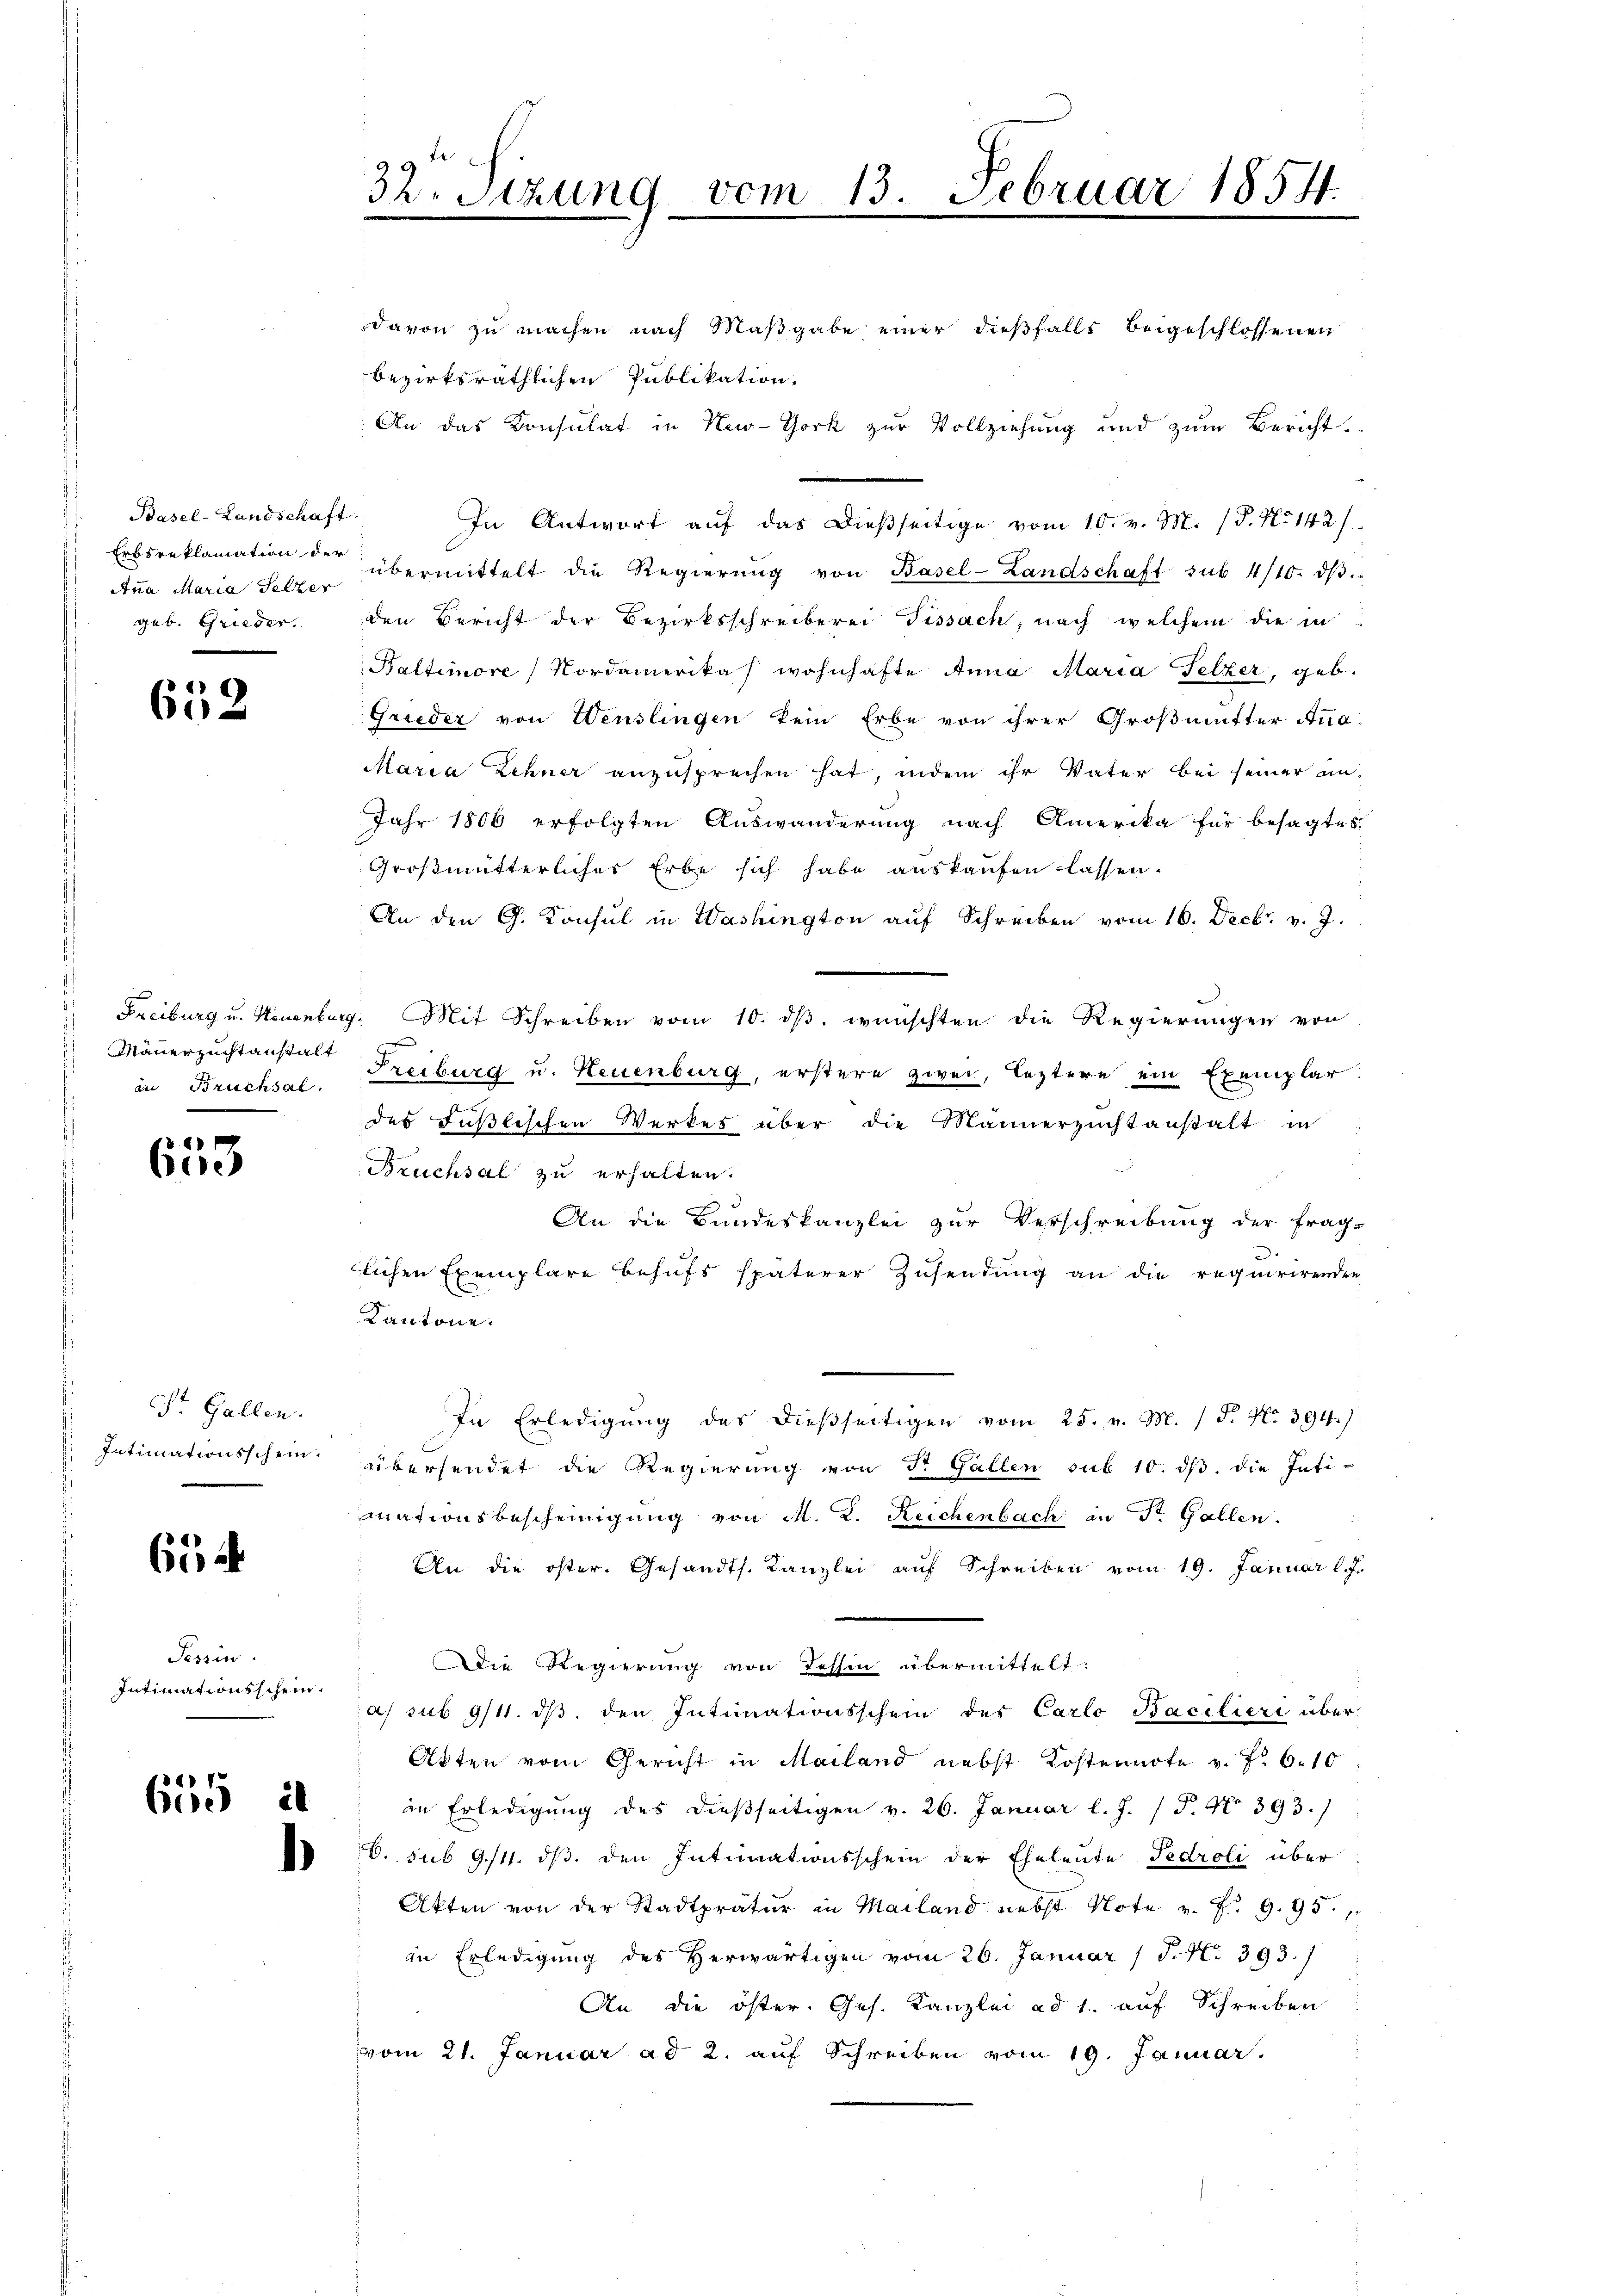
Basel-Landschaft.
Anna Maria Pelzer
geb. Grieder.

652

Mäuerzuchtanstalt

bere

St. Gallen.

654

Tessin
Intimationsschein.

655 i

davon zu machen nach Maßgabe einer dießfalls beigeschlossenen
bezirksräthlichen Publikation.

32. Sizung vom 13. Februar 1854.

An das Konsulat in New-York zur Vollziehung und zum Bericht.
In Antwort auf das dießseitige vom 10. v. M. (T. No 142/
Erbsreklamation der übermittelt die Regierŭng von Basel-Landschaft sub 4/10. dβ.
den Bericht der Bezirksschreiberei Fissach, nach welchem die in
Baltimore / Nordamerikas wohnhafte Anna Maria Felzer, geb.
Grieder von Wenslingen kein Erbe von ihrer Großmutter Ana-
Maria Zehner anzusprechen hat, indem ihr Vater bei seiner an-
Jahr 1806 erfolgten Auswanderung nach Amerika für besagtes
Großmütterliches Erbe sich habe auskaufen lassen.
An den G. Konsul in Washington auf Schreiben vom 16. Decbr. v. J.
Freiburg u. Neuenburg. Mit Schreiben vom 10. ds. wünschten die Regierungen von
in Bruchsac. Freiburg u. Neuenburg, erstere zwei, leztere ein Exemplar
des Füßlischen Werkes über die Männerzicht anstalt in
Bruchsal zu erhalten.
An die Bundeskanzlei zur Verschreibung der frag-
lichen Exemplare behufs späterer Zusendung an die requirirenden
Kantone.
In Erledigŭng des dießseitigen vom 25. v. M. / 5. No. 394. 1
Intimationsschein übersendet die Regierung von St. Gallen sub 10. dβ die Inti-
mationsbescheinigung von M. D. Reichenbach in Dr. Gallen.
An die öster. Gesandts. Kanzlei aŭf Schreiben vom 19. Januar l. J.
Die Regierung von Tessin übermittelt.
a) sub 9/11. dβ. den Intimationsschein des Carlo Bacilieri über-
Akten vom Gericht in Mailand nebst Kostennote v. J. 6. 10
in Erledigung des dießseitigen v. 26. Januar l. J. P. No 393.)
6. sub 9./11. ds. den Intimationsschein der Eheleute Fedroli über
Akten von der Stadtpratŭr in Mailand nebst Note v. P. 9. 95.
in Erledigung des Herwärtigen vom 26. Januar (S. Nr. 393.)
An die öster. Ges. Kanzlei ad 1. auf Schreiben
vom 21. Januar ad 2. auf Schreiben vom 19. Januar.